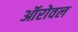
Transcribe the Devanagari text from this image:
ऑरोवल